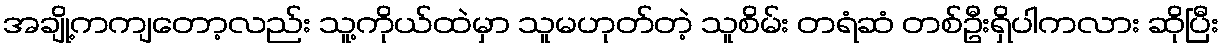
အချို့ကကျတော့လည်း သူ့ကိုယ်ထဲမှာ သူမဟုတ်တဲ့ သူစိမ်း တရံဆံ တစ်ဦးရှိပါကလား ဆိုပြီး